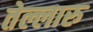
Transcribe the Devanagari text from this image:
तेल्लारु